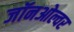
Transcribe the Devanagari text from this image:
जॉनओल्वर